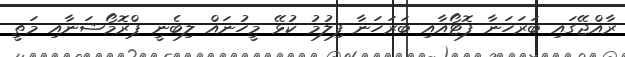
ރާއްޖޭގައި ބަރަހަނާ ފޮޓޯއާއި ބަރަހަނާ ފިލުމު ކުޅޭ މީހުނައް ލިބެނީ ޕްރޮމޯޝަނާއި މަތީ